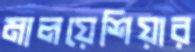
মালয়েশিয়ার